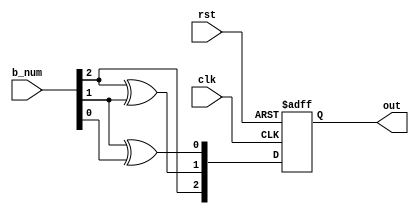
module gray_counter(clk, rst, b_num, out);

input clk;
input rst;
input [2:0] b_num;

output reg [2:0] out;

always @(posedge clk or negedge rst) begin
    if (!rst) begin
        out <= 3'b000; 
    end
    else begin
        out[2] <= b_num[2];
        out[1] <= b_num[2] ^ b_num[1];
        out[0] <= b_num[1] ^ b_num[0];

    end
end

endmodule


/*
// 2-bit gray counter code
module gray_counter(clk, rst, b_num, out);

input clk;
input rst;
input [2:0] b_num;

output reg [2:0] out;

always @(posedge clk or negedge rst) begin
    if (!rst) begin
        out <= 3'b000; 
    end

    else begin
        for (b_num = 3'b000; b_num <= 3'b111; b_num = b_num + 3'b001) begin
            out[2] <= b_num[2];
            if (b_num[2] != b_num[1]) begin
                out[1] <= 1'b1;
                
                if (b_num[1] != b_num[0]) begin
                    out[0] <= 1'b1;
                end

                else if (b_num[1] == b_num[0]) begin
                    out[0] <= 1'b0;
                end
            end

            else if (b_num[2] == b_num[1]) begin
                out[1] <= 1'b0;

                if (b_num[1] != b_num[0]) begin
                    out[0] <= 1'b1;
                end

                else if (b_num[1] == b_num[0]) begin
                    out[0] <= 1'b0;
                end
            end
        end
    end
    
end

endmodule
*/